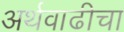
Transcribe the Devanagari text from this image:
अर्थवाढीचा